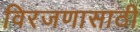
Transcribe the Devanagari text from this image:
विरजणासाठी